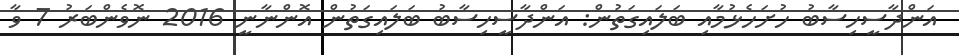
އަންދާސީހިސާބު ހުށަހެޅުމާއި ބަލައިގަތުން: އަންދާސީހިސާބު ބަލައިގަތުން އޮންނާނީ 2016 ނޮވެންބަރު 7 ވާ